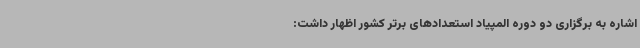
اشاره به برگزاری دو دوره المپیاد استعدادهای برتر کشور اظهار داشت: